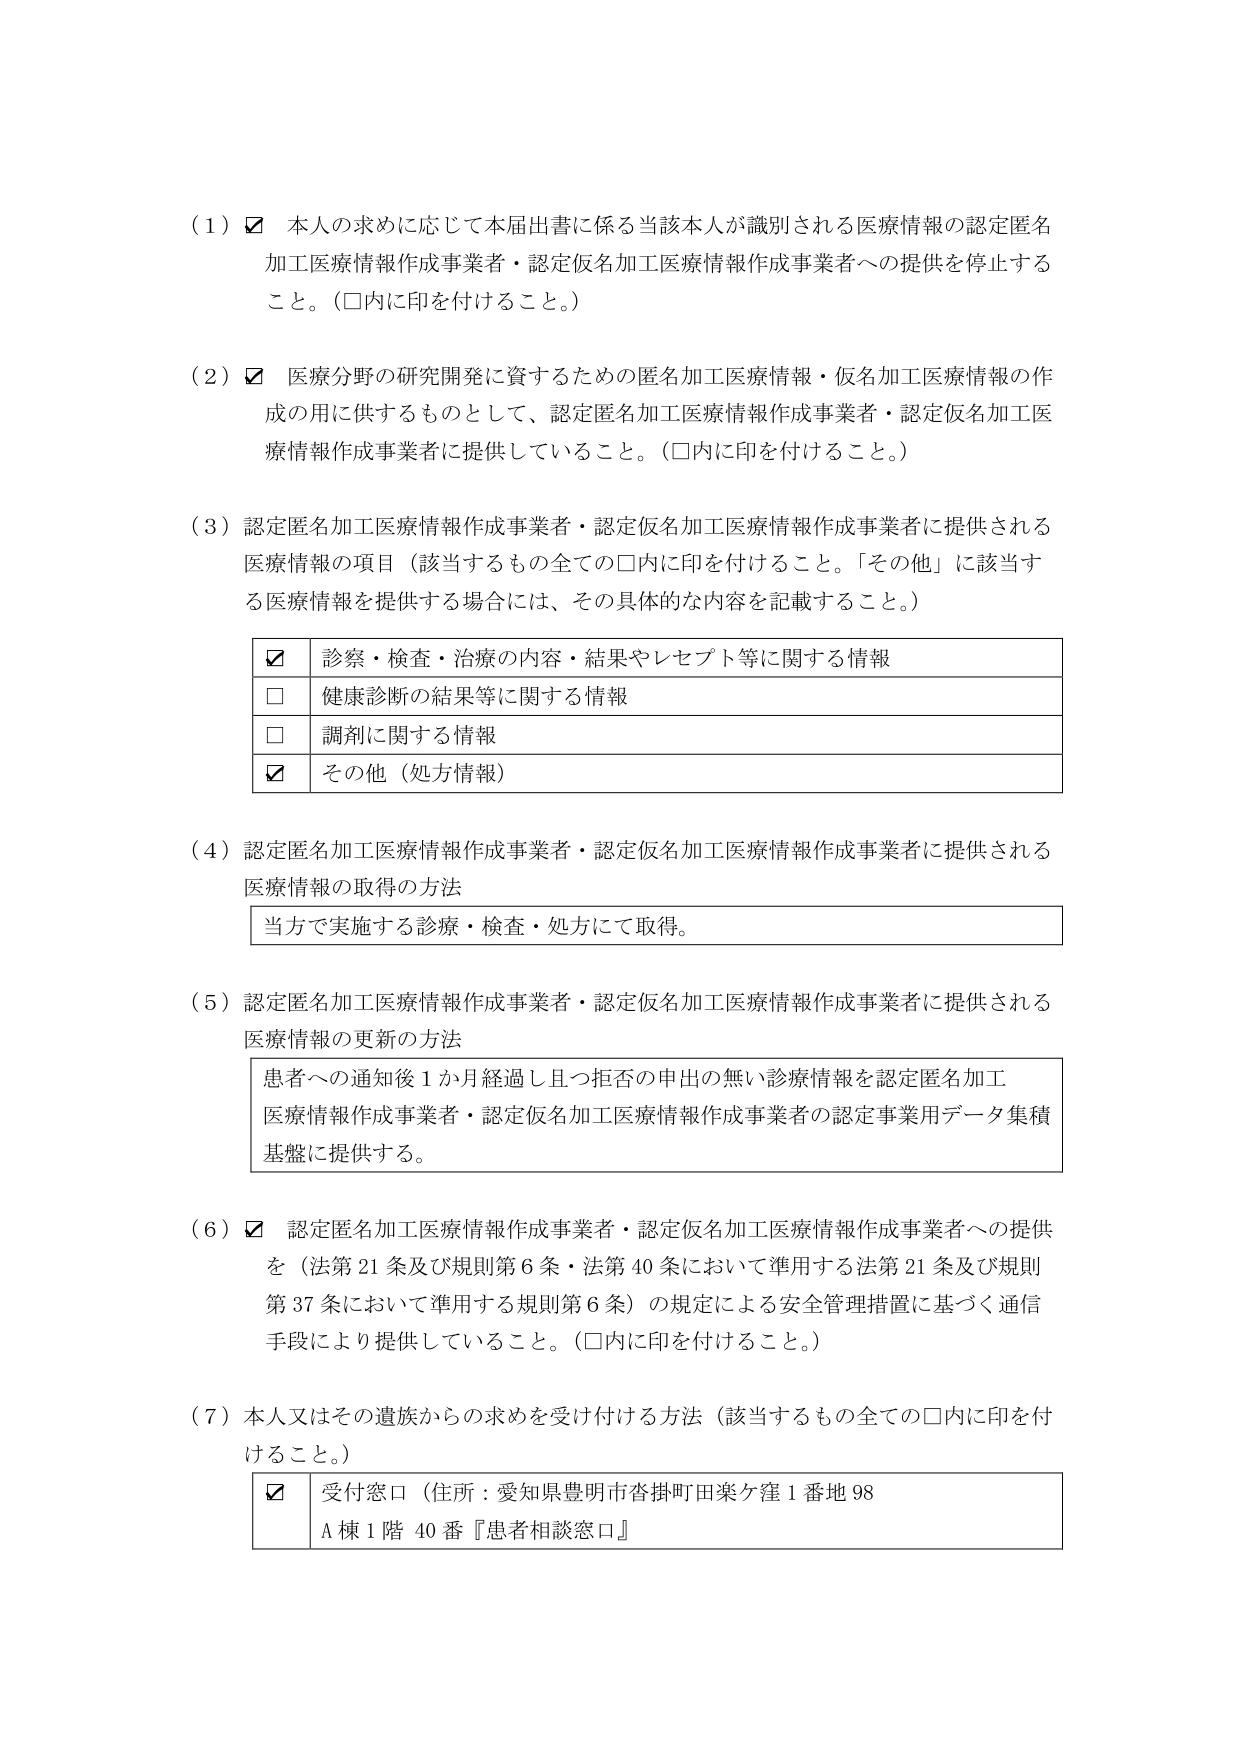
（１）☑ 本人の求めに応じて本届出書に係る当該本人が識別される医療情報の認定匿名加工医療情報作成事業者・認定仮名加工医療情報作成事業者への提供を停止すること。（□内に印を付けること。）

（２）☑ 医療分野の研究開発に資するための匿名加工医療情報・仮名加工医療情報の作成の用に供するものとして、認定匿名加工医療情報作成事業者・認定仮名加工医療情報作成事業者に提供していること。（□内に印を付けること。）

（３）認定匿名加工医療情報作成事業者・認定仮名加工医療情報作成事業者に提供される医療情報の項目（該当するもの全ての□内に印を付けること。「その他」に該当する医療情報を提供する場合には、その具体的な内容を記載すること。）

☑ 診察・検査・治療の内容・結果やレセプト等に関する情報
□ 健康診断の結果等に関する情報
□ 調剤に関する情報
☑ その他（処方情報）

（４）認定匿名加工医療情報作成事業者・認定仮名加工医療情報作成事業者に提供される医療情報の取得の方法
当方で実施する診察・検査・処方にて取得。

（５）認定匿名加工医療情報作成事業者・認定仮名加工医療情報作成事業者に提供される医療情報の更新の方法
患者への通知後１か月経過し且つ拒否の申出の無い診療情報を認定匿名加工医療情報作成事業者・認定仮名加工医療情報作成事業者の認定事業用データ集積基盤に提供する。

（６）☑ 認定匿名加工医療情報作成事業者・認定仮名加工医療情報作成事業者への提供を（法第21条及び規則第6条・法第40条において準用する法第21条及び規則第37条において準用する規則第6条）の規定による安全管理措置に基づく通信手段により提供していること。（□内に印を付けること。）

（７）本人又はその遺族からの求めを受け付ける方法（該当するもの全ての□内に印を付けること。）
☑ 受付窓口（住所：愛知県豊明市沓掛町田楽ケ窪１番地98
Ａ棟１階40番『患者相談窓口』）